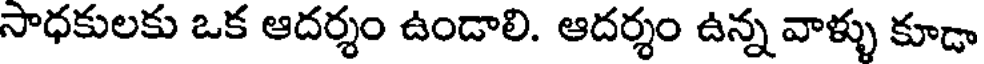
సాధకులకు ఒక ఆదర్శం ఉండాలి. ఆదర్శం ఉన్న వాళ్ళు కూడా